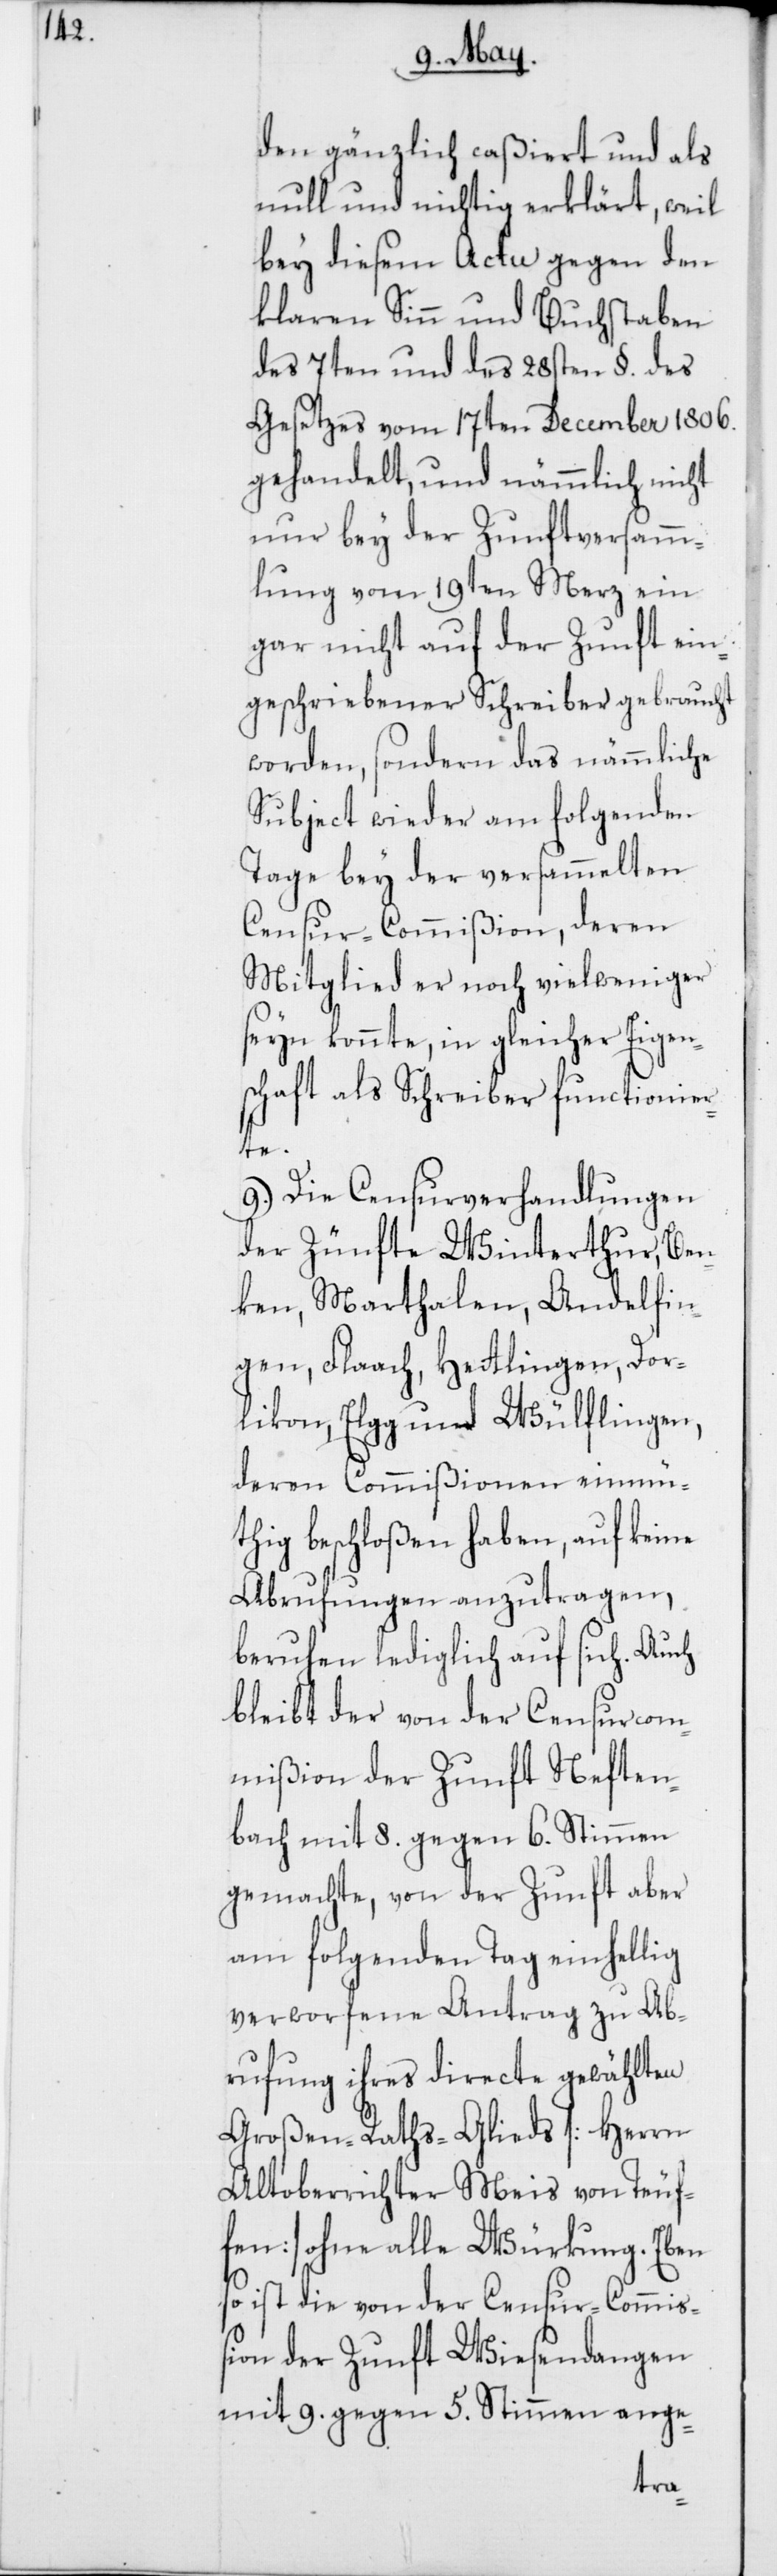
den gänzlich caßiert und als
null und nichtig erklärt, weil
bey diesem Actu gegen den
klaren Sinn und Buchstaben
des 7ten und des 28sten §. des
Gesetzes vom 17ten December 1806.
gehandelt, und nämmlich nicht
nur bey der Zunftversamm¬
lung vom 19ten Merz ein
gar nicht auf der Zunft ein¬
geschriebener Schreiber gebraucht
worden, sondern das nämmliche
Subject wieder am folgenden
Tage bey der versammelten
Censur-Commißion, deren
Mitglied er noch vielweniger
seyn konnte, in gleicher Eigen¬
schaft als Schreiber functionier¬
te.
9.) Die Censurverhandlungen
der Zünfte Winterthur, Ben¬
ken, Marthalen, Andelfin¬
gen, Flaach, Hetlingen, Dor¬
likon, Elgg und Wülflingen,
deren Commißionen einmü¬
thig beschloßen haben, auf keine
Abrufungen anzutragen,
beruhen lediglich auf sich. Auch
bleibt der von der Censurcom¬
mißion der Zunft Neften¬
bach mit 8. gegen 6. Stimmen
gemachte, von der Zunft aber
am folgenden Tag einhellig
verworfene Antrag zu Ab¬
rufung ihres directe gewählten
Großen-Raths-Glieds [Herren
Altoberrichter Meis von Teuf¬
fen] ohne alle Würkung. Eben
so ist die von der Censur-Commiß¬
ion der Zunft Wiesendangen
mit 9. gegen 5. Stimmen ange-